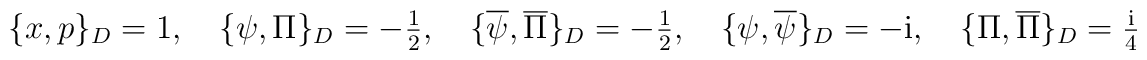
\textstyle\{x,p\}_{D}=1,\quad \{\psi ,\Pi \}_{D}=-\frac{1}{2},\quad \{\overline{\psi} ,\overline{\Pi}\}_{D}=-\frac{1}{2},\quad \{\psi ,\overline{\psi }\}_{D}=-{\rm i},\quad \{\Pi ,\overline{\Pi }\}_{D}=\frac{\rm i}{4}